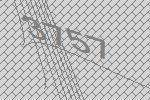
3757